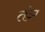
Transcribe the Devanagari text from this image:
तंञ